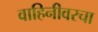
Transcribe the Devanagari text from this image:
वाहिनीवरचा